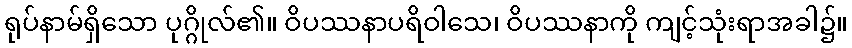
ရုပ်နာမ်ရှိသော ပုဂ္ဂိုလ်၏။ ဝိပဿနာပရိဝါသေ၊ ဝိပဿနာကို ကျင့်သုံးရာအခါ၌။